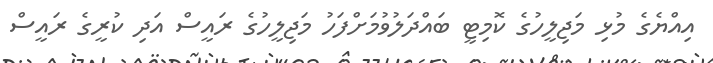
އިއްޔެގެ މުޅި މަޖިލީހުގެ ކޮމިޓީ ބައްދަލުވުމަށްފަހު މަޖިލީހުގެ ރައީސް އަދި ކުރީގެ ރައީސް